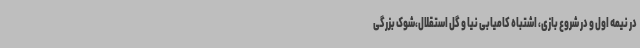
در نیمه اول و در شروع بازی، اشتباه کامیابی نیا و گل استقلال،شوک بزرگی